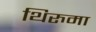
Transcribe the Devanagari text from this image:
थिरुमा